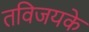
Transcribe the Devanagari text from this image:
तविजयके